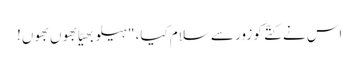
اس نے کتّے کو زور سے سلام کیا، "ہیلو بھیّا بھوں بھوں!